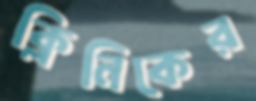
ক্লিনিকের